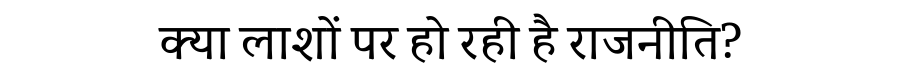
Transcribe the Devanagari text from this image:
क्या लाशों पर हो रही है राजनीति?